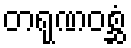
တရုဏဝစ္ဆံ